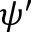
\psi ^ { \prime }